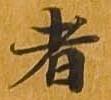
者